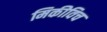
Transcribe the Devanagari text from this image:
मिकीविच